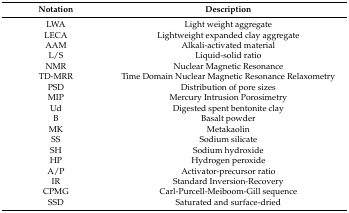
<table><thead><tr><td><b>Notation</b></td><td><b>Description</b></td></tr></thead><tbody><tr><td>LWA</td><td>Light weight aggregate</td></tr><tr><td>LECA</td><td>Lightweight expanded clay aggregate</td></tr><tr><td>AAM</td><td>Alkali-activated material</td></tr><tr><td>L/S</td><td>Liquid-solid ratio</td></tr><tr><td>NMR</td><td>Nuclear Magnetic Resonance</td></tr><tr><td>TD-MRR</td><td>Time Domain Nuclear Magnetic Resonance Relaxometry</td></tr><tr><td>PSD</td><td>Distribution of pore sizes</td></tr><tr><td>MIP</td><td>Mercury Intrusion Porosimetry</td></tr><tr><td>Ud</td><td>Digested spent bentonite clay</td></tr><tr><td>B</td><td>Basalt powder</td></tr><tr><td>MK</td><td>Metakaolin</td></tr><tr><td>SS</td><td>Sodium silicate</td></tr><tr><td>SH</td><td>Sodium hydroxide</td></tr><tr><td>HP</td><td>Hydrogen peroxide</td></tr><tr><td>A/P</td><td>Activator-precursor ratio</td></tr><tr><td>IR</td><td>Standard Inversion-Recovery </td></tr><tr><td>CPMG</td><td>Carl-Purcell-Meiboom-Gill sequence</td></tr><tr><td>SSD</td><td>Saturated and surface-dried</td></tr></tbody></table>